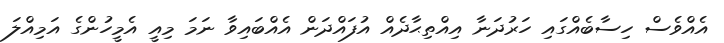
އެއްވެސް ހިސާބެއްގައި ހަރުދަނާ އިއްތިޙާދެއް އުފައްދަން އެއްބައިވާ ނަމަ މިއީ އެމީހުންގެ އަމިއްލަ